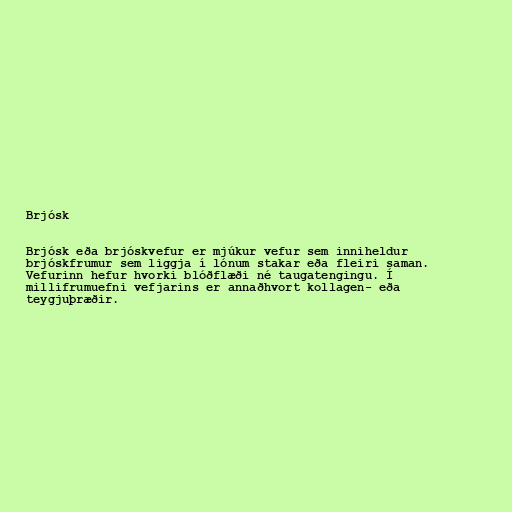
Brjósk

Brjósk eða brjóskvefur er mjúkur vefur sem inniheldur
brjóskfrumur sem liggja í lónum stakar eða fleiri saman.
Vefurinn hefur hvorki blóðflæði né taugatengingu. Í
millifrumuefni vefjarins er annaðhvort kollagen- eða
teygjuþræðir.